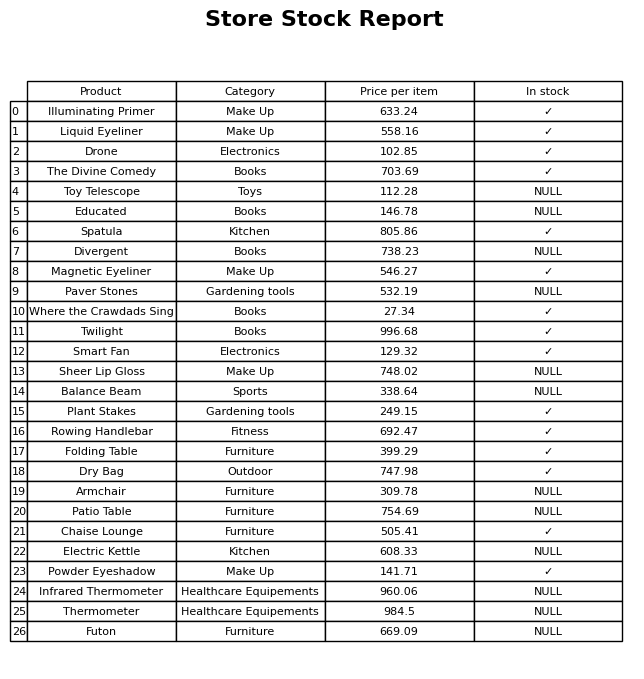
question: What is the price for Educated?
answer: The price of Educated is 146.78.